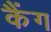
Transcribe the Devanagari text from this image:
कैंग